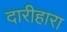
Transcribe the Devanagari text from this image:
दारीहारा